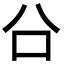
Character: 㕣